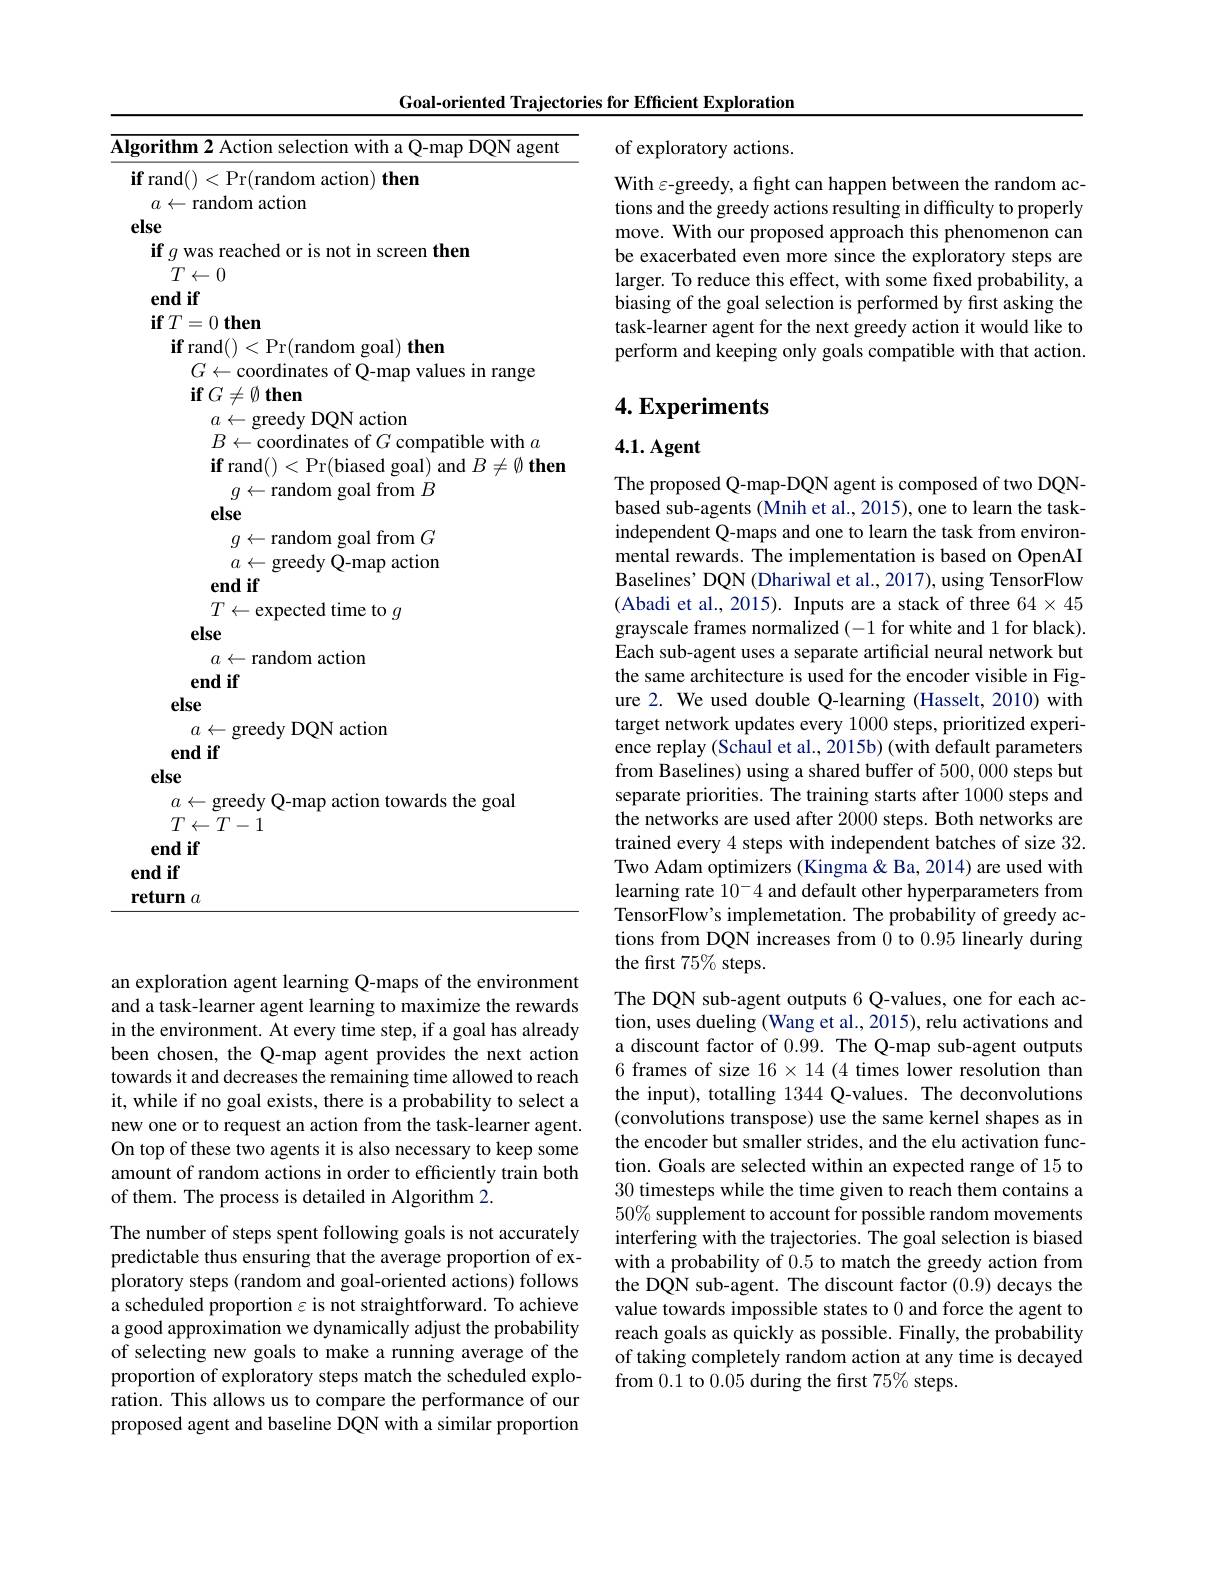
Goal-oriented Trajectories for Efficient Exploration

of exploratory actions.

With $\varepsilon$-greedy, a fight can happen between the random actions and the greedy actions resulting in difficulty to properly move. With our proposed approach this phenomenon can be exacerbated even more since the exploratory steps are larger. To reduce this effect, with some fixed probability, a biasing of the goal selection is performed by first asking the task-learner agent for the next greedy action it would like to perform and keeping only goals compatible with that action.

# 4. Experiments

## 4.1.Agent

$\overline{\text{Algorithm 2 Action selection with a Q-map DQN agent}}$
$\textbf{if rand( ) < Pr}($random action) then
$a\leftarrow$random action
else
if $g$ was reached or is not in screen then
$T\leftarrow0$
end if
$\textbf{if}T= 0\textbf{ then}$
$\textbf{if rand( ) }<$Pr(random goal) then
$G\leftarrow$coordinates of Q-map values in range
$\textbf{if}G\neq \emptyset$ then
$a\leftarrow$greedy DQN action
$B\leftarrow$coordinates of $G$ compatible with $a$
$\textbf{if rand( ) }<$Pr(biased goal) and $B\neq\emptyset$ then
$g\leftarrow$random goal from $B$
else
$g\leftarrow$random goal from $G$ $a\leftarrow$greedy Q-map action
end if
$T\leftarrow$expected time to $g$
else
$a\leftarrow$random action
end if
else
$a\leftarrow$greedy DQN action
end if
else
$a\leftarrow$greedy Q-map action towards the goal
$T\leftarrow T-1$
end if
end if
$\underline{\textbf{return }a}$

The proposed Q-map-DQN agent is composed of two DQNbased sub-agents (Mnih et al., 2015), one to learn the taskindependent Q-maps and one to learn the task from environmental rewards. The implementation is based on OpenAI Baselines' DQN (Dhariwal et al., 2017), using TensorFlow (Abadi et al., 2015). Inputs are a stack of three 64× 45 grayscale frames normalized (-1 for white and 1 for black). Each sub-agent uses a separate artificial neural network but the same architecture is used for the encoder visible in Figure 2. We used double Q-learning (Hasselt, 2010) with target network updates every 1000 steps, prioritized experience replay (Schaul et al., 2015b) (with default parameters from Baselines) using a shared buffer of 500, 000 steps but separate priorities. The training starts after 1000 steps and the networks are used after 2000 steps. Both networks are trained every 4 steps with independent batches of size 32. Two Adam optimizers (Kingma & Ba, 2014) are used with learning rate $\hat10^-4$ and default other hyperparameters from TensorFlow's implemetation. The probability of greedy actions from DQN increases from 0 to 0.95 linearly during the first 75% steps.
The DQN sub-agent outputs 6 Q-values, one for each action, uses dueling (Wang et al., 2015), relu activations and a discount factor of 0.99. The Q-map sub-agent outputs 6 frames of size $16\times14$ times lower resolution than the input), totalling 1344 Q-values. The deconvolutions (convolutions transpose) use the same kernel shapes as in the encoder but smaller strides, and the elu activation function. Goals are selected within an expected range of 15 to 30 timesteps while the time given to reach them contains a $50\%$ supplement to account for possible random movements interfering with the trajectories. The goal selection is biased with a probability of 0.5 to match the greedy action from the DQN sub-agent. The discount factor (0.9) decays the value towards impossible states to 0 and force the agent to reach goals as quickly as possible. Finally, the probability of taking completely random action at any time is decayed from 0.1 to 0.05 during the first 75% steps.

an exploration agent learning Q-maps of the environment and a task-learner agent learning to maximize the rewards in the environment. At every time step, if a goal has already been chosen, the Q-map agent provides the next action towards it and decreases the remaining time allowed to reach it, while if no goal exists, there is a probability to select a new one or to request an action from the task-learner agent. On top of these two agents it is also necessary to keep some amount of random actions in order to efficiently train both of them. The process is detailed in Algorithm 2.

The number of steps spent following goals is not accurately predictable thus ensuring that the average proportion of exploratory steps (random and goal-oriented actions) follows a scheduled proportion $\varepsilon$ is not straightforward. To achieve a good approximation we dynamically adjust the probability of selecting new goals to make a running average of the proportion of exploratory steps match the scheduled exploration. This allows us to compare the performance of our proposed agent and baseline DQN with a similar proportion